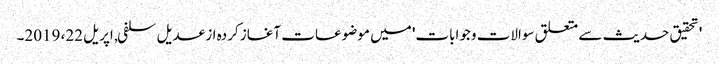
'تحقیق حدیث سے متعلق سوالات وجوابات' میں موضوعات آغاز کردہ از عدیل سلفی, ‏اپریل 22، 2019۔